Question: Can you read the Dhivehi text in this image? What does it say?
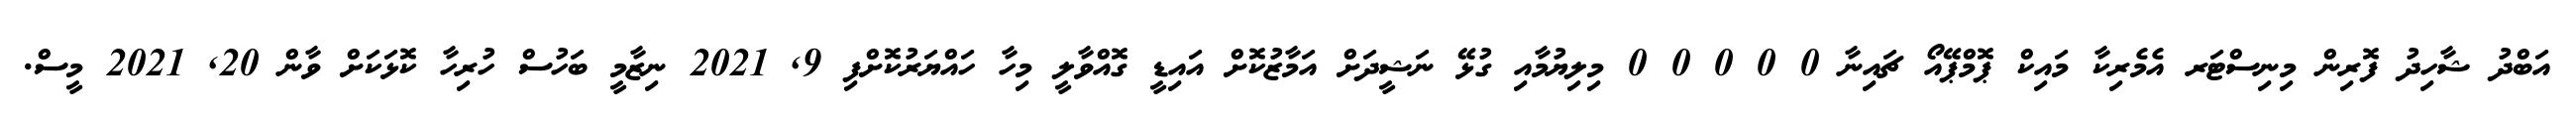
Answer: އަބްދު ޝާހިދު ފޮރިން މިނިސްޓަރ އެމެރިކާ މައިކް ޕޮމްޕޭއޯ ޗައިނާ 0 0 0 0 0 މިލިޔުމާއި ގުޅޭ ނަޝީދަށް އަމާޒުކޮށް އައިޑީ ގޮއްވާލީ މިހާ ހައްޔަރުކޮށްފި 9, 2021 ނިޒާމީ ބަހުސް ހުރިހާ ކޮޅަކަށް ވާން 20, 2021 މީސް.